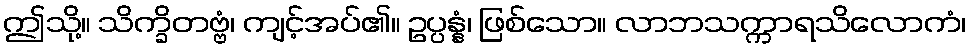
ဤသို့။ သိက္ခိတဗ္ဗံ၊ ကျင့်အပ်၏။ ဥပ္ပန္နံ၊ ဖြစ်သော။ လာဘသက္ကာရသိလောကံ၊